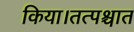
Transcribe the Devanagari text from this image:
किया।तत्पश्चात